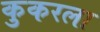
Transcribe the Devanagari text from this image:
कुकरला